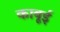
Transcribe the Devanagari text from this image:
काबूई